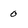
Character: 0